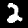
Label: 2